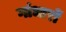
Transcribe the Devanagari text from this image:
गांधारों